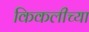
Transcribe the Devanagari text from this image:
किकलीच्या